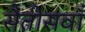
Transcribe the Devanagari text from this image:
सैतीसवाँ